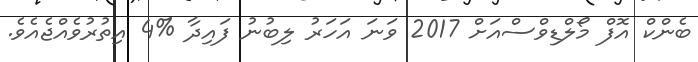
ބެންކް އޮފް މޯލްޑިވްސްއަށް 2017 ވަނަ އަހަރު ލިބުނު ފައިދާ %4 އިތުރުވެއްޖެއެވެ.